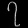
Digit: ၇